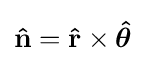
\mathbf {\hat {n}} =\mathbf {\hat {r}} \times {\boldsymbol {\hat {\theta }}}